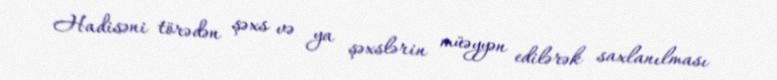
Hadisəni törədən şəxs və ya şəxslərin müəyyən edilərək saxlanılması